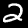
Digit: 2